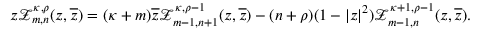
\begin{array} { r } { z \mathcal { Z } _ { m , n } ^ { \kappa , \rho } ( z , \overline { { z } } ) = ( \kappa + m ) \overline { { z } } \mathcal { Z } _ { m - 1 , n + 1 } ^ { \kappa , \rho - 1 } ( z , \overline { { z } } ) - ( n + \rho ) ( 1 - | z | ^ { 2 } ) \mathcal { Z } _ { m - 1 , n } ^ { \kappa + 1 , \rho - 1 } ( z , \overline { { z } } ) . } \end{array}